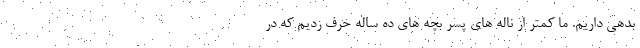
بدهی داریم. ما کمتر از ناله های پسر بچه های ده ساله حرف زدیم که در